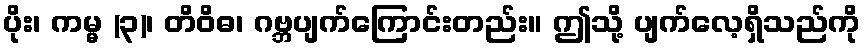
ပိုး၊ ကမ္မ (၃)၊ တိဝိဓ၊ ဂဗ္ဘပျက်ကြောင်းတည်း။ ဤသို့ ပျက်လေ့ရှိသည်ကို